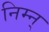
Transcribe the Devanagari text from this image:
निम्न्